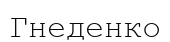
Гнеденко